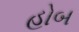
હોબ